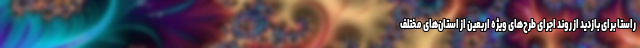
راستا برای بازدید از روند اجرای طرح‌های ویژه اربعین از استان‌های مختلف